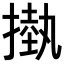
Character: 𢳊